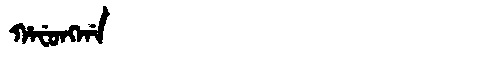
Manchu: ᡥᠠᠸᡠᠩᡤᠠ
Romanization: HAFUNGGA